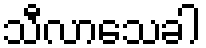
သီလာသေခါ